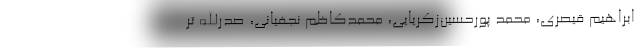
ابراهيم قيصري، محمد پورحسين‌زکريايي، محمدکاظم نجفياني، صدرالله تر